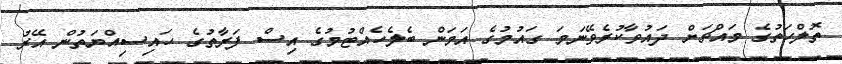
ތޮލްހަތުގެ މައްޗަށް ދައުވާކުރެވޭނަމަ ގައުމުގެ އަމަން ބެލެހެއްޓުމުގެ އިސް ފަރާތުގެ ހައިސިއްޔަތުން އޭރު